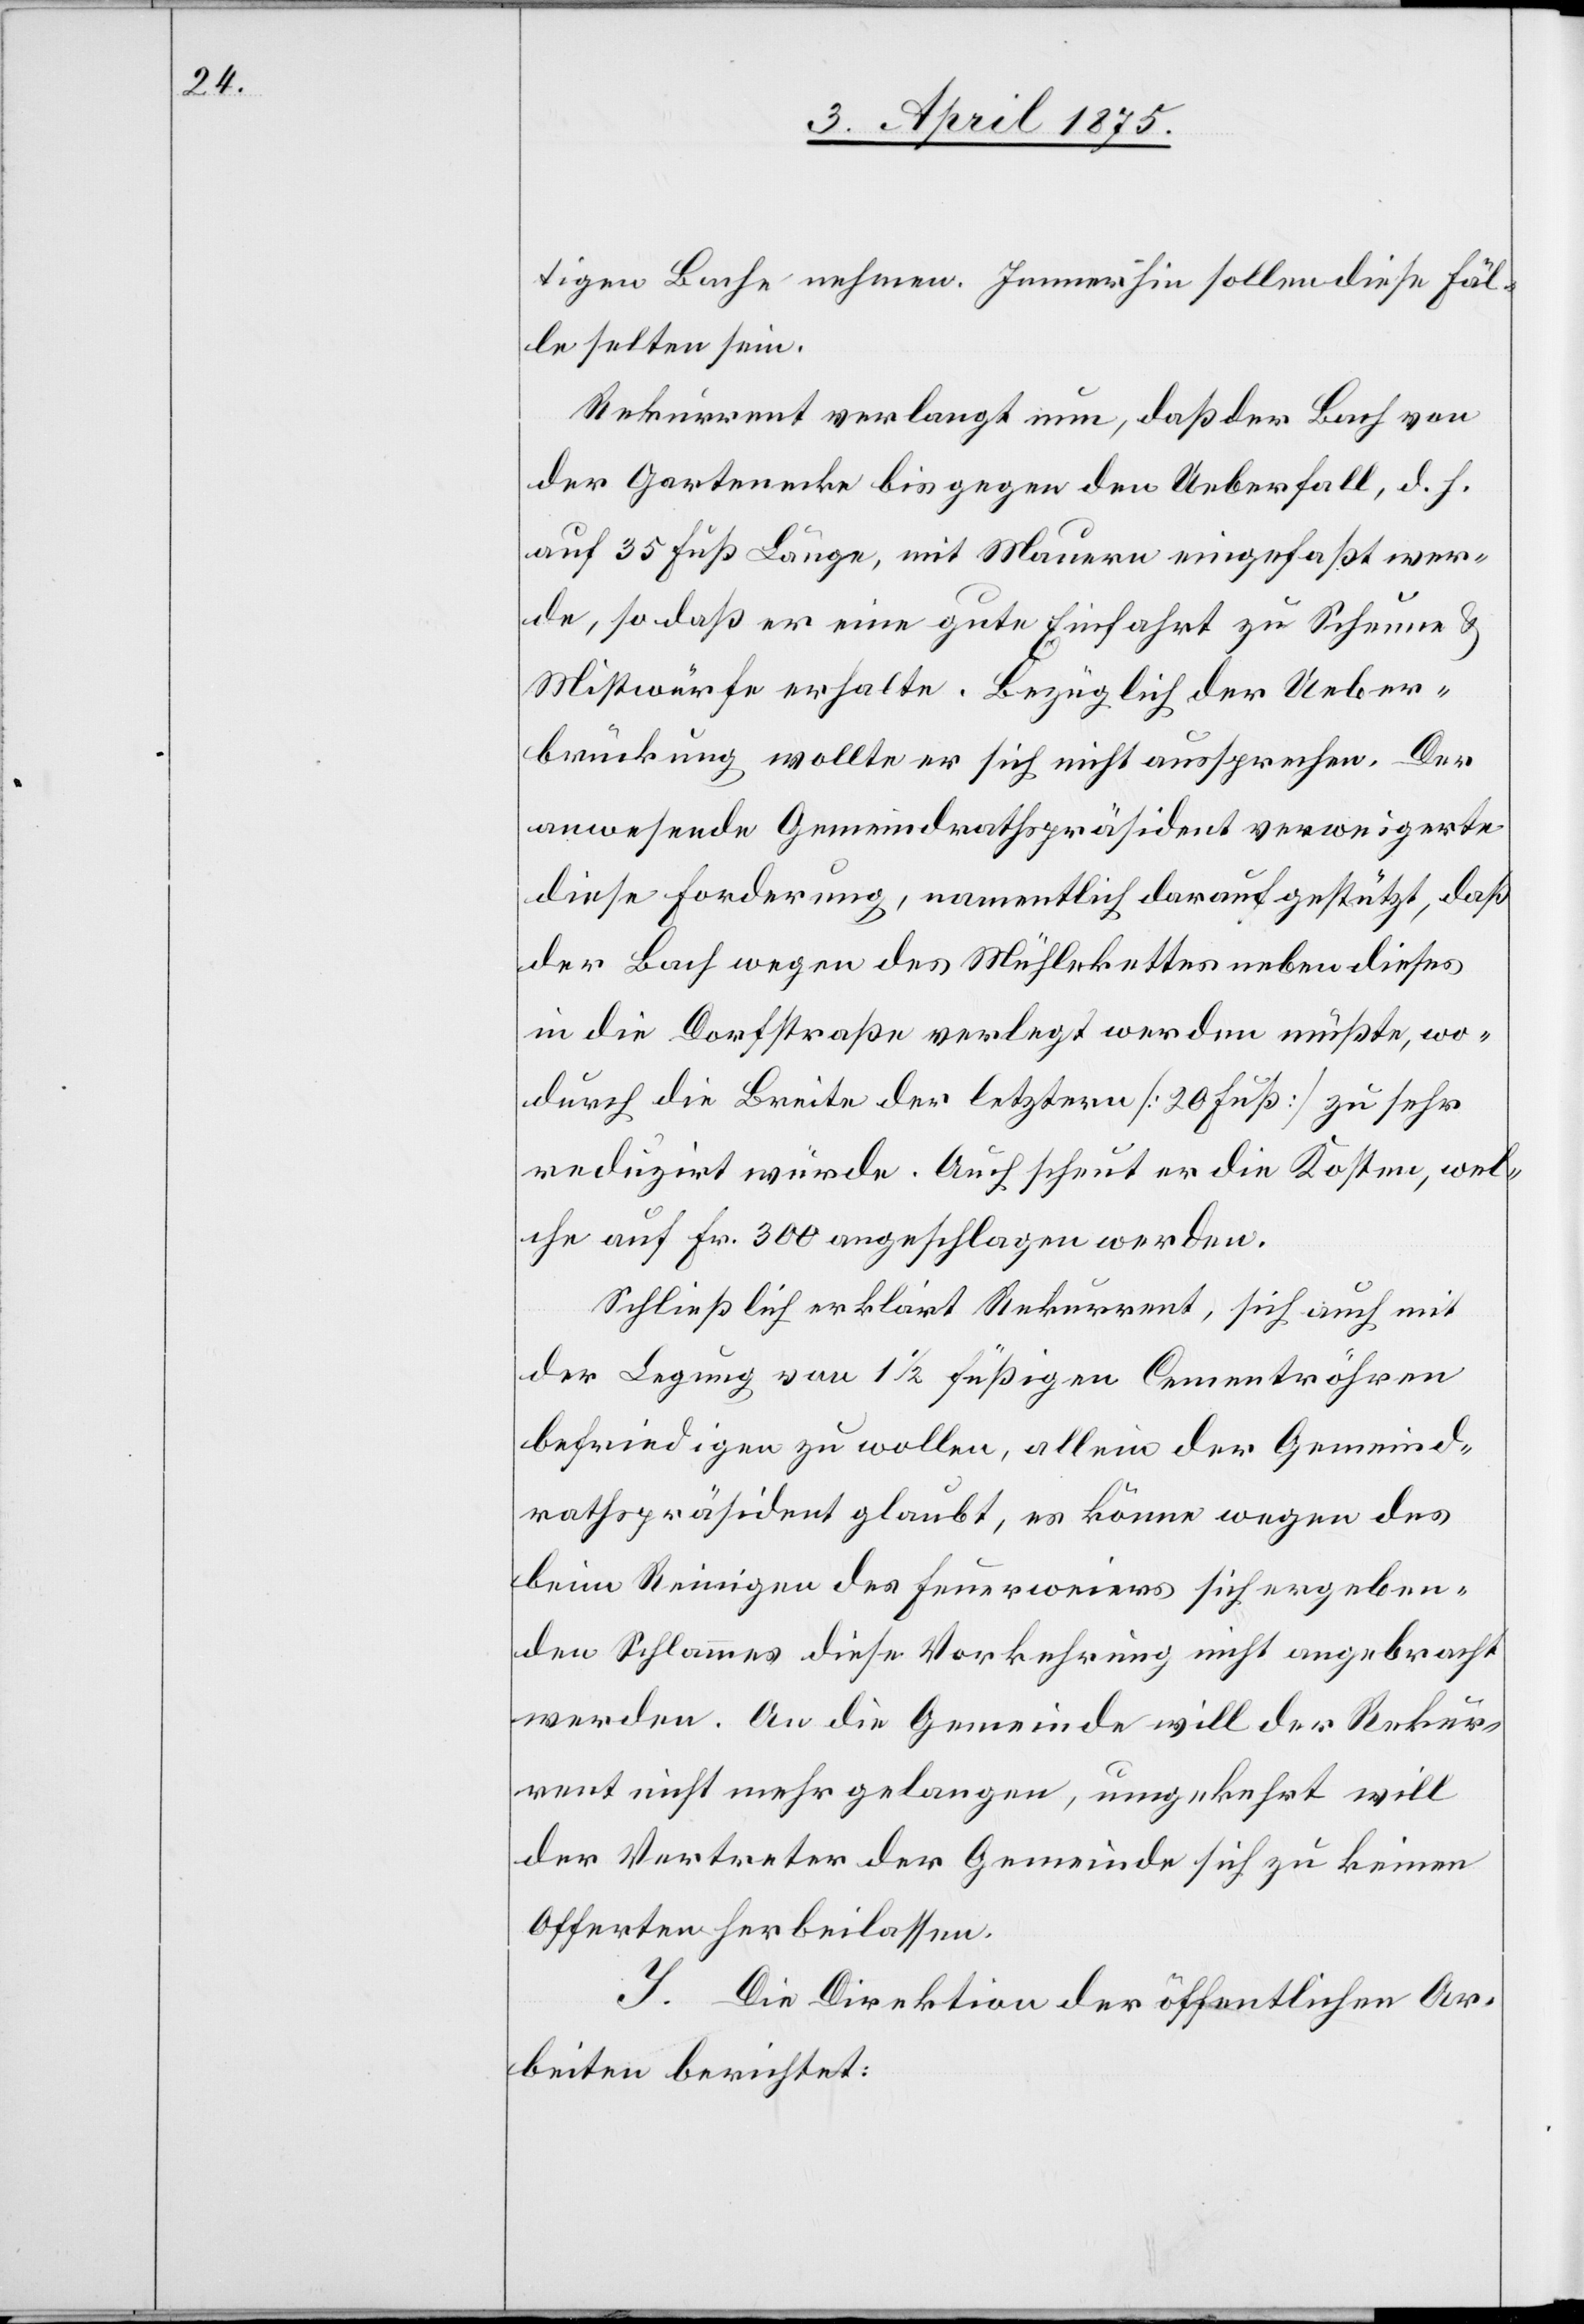
tigen Bache nehmen. Immerhin sollen diese Fäl¬
le selten sein.
Rekurrent verlangt nun, daß der Bach von
der Gartenecke bis gegen den Ueberfall, d. h.
auf 35 Fuß Länge, mit Mauern eingefaßt wer¬
de, so daß er eine gute Einfahrt zu Scheune &
Mistwürfe erhalte. Bezüglich der Ueber¬
brückung wollte er sich nicht aussprechen. Der
anwesende Gemeindrathspräsident verweigerte
diese Forderung, namentlich darauf gestützt, daß
der Bach wegen des Mühlekettes neben dieses
in die Dorfstraße verlegt werden müßte, wo¬
durch die Breite der letztern [20 Fuß] zu sehr
reduzirt würde. Auch scheut er die Kosten, wel¬
che auf Fr. 300 angeschlagen werden.
Schließlich erklärt Rekurrent, sich auch mit
der Legung von 11/2 füßigen Cementröhren
befriedigen zu wollen, allein der Gemeind¬
rathspräsident glaubt, es könne wegen des
beim Reinigen des Feuerweiers sich ergeben¬
den Schlammes diese Vorkehrung nicht angebracht
werden. An die Gemeinde will der Rekur¬
rent nicht mehr gelangen, umgekehrt will
der Vertreter der Gemeinde sich zu keinen
Offerten herbeilassen.
I. Die Direktion der öffentlichen Ar¬
beiten berichtet: